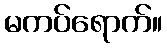
မကပ်ရောက်။